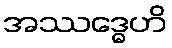
အဿဒ္ဓေဟိ